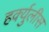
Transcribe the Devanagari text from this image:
हर्क्युलीस